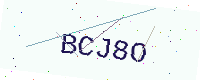
Text: BCJ8O